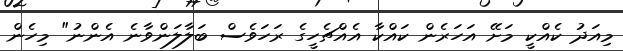
މިއަދު ކެއްކީ މަށޭ އަހަރެން ކައްކާ އެއްޗެހީގެ ރަހަވެސް ބަލާލަންވާނެ އެންނު" މިހެން